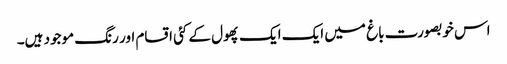
اس خوبصورت باغ میں ایک ایک پھول کے کئی اقسام اور رنگ موجود ہیں۔